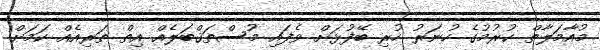
މުއާމަލާތް ކުރުމުގެ ހުނަރު ހުރި ބޭފުޅަަށް ވެފައި މުސްތަޤްބަލެއް އިތް ތަރިއެއް ކަމަށް